Investigations on Bengal jail dietaries - Number 37
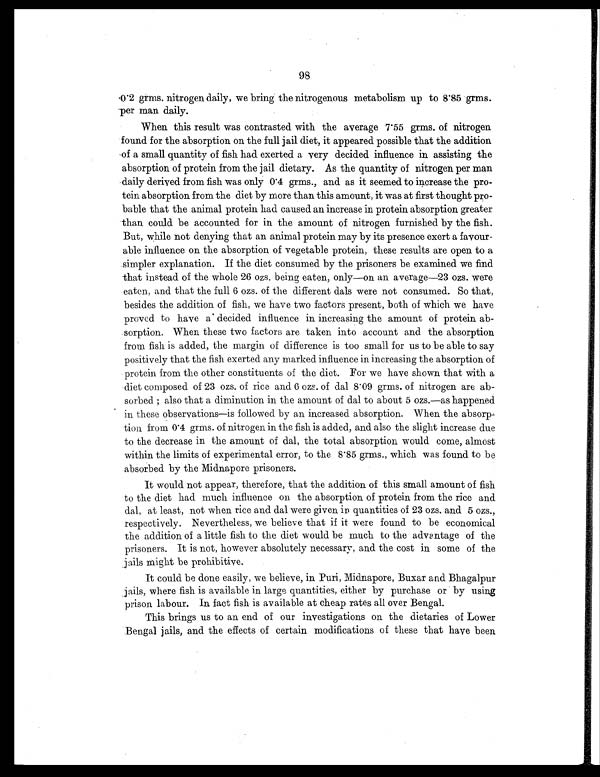
98
0.2 grms. nitrogen daily, we bring the nitrogenous metabolism up to 8.85 grms.
per man daily.
When this result was contrasted with the average 7.55 grms. of nitrogen
found for the absorption on the full jail diet, it appeared possible that the addition
of a small quantity of fish had exerted a very decided influence in assisting the
absorption of protein from the jail dietary. As the quantity of nitrogen per man
daily derived from fish was only 0.4 grms., and as it seemed to increase the pro-
tein absorption from the diet by more than this amount, it was at first thought pro-
bable that the animal protein had caused an increase in protein absorption greater
than could be accounted for in the amount of nitrogen furnished by the fish.
But, while not denying that an animal protein may by its presence exert a favour-
able influence on the absorption of vegetable protein, these results are open to a
simpler explanation. If the diet consumed by the prisoners be examined we find
that instead of the whole 26 ozs. being eaten, only—on an average—23 ozs. were
eaten, and that the full 6 ozs. of the different dals were not consumed. So that,
besides the addition of fish, we have two factors present, both of which we have
proved to have a decided influence in increasing the amount of protein ab-
sorption. When these two factors are taken into account and the absorption
from fish is added, the margin of difference is too small for us to be able to say
positively that the fish exerted any marked influence in increasing the absorption of
protein from the other constituents of the diet. For we have shown that with a
diet composed of 23 ozs. of rice and 6 ozs. of dal 8.09 grms. of nitrogen are ab-
sorbed ; also that a diminution in the amount of dal to about 5 ozs.—as happened
in these observations—is followed by an increased absorption. When the absorp-
tion from 0.4 grins. of nitrogen in the fish is added, and also the slight increase due
to the decrease in the amount of dal, the total absorption would come, almost
within the limits of experimental error, to the 8.85 grms., which was found to be
absorbed by the Midnapore prisoners.
It would not appear, therefore, that the addition of this small amount of fish
to the diet had much influence on the absorption of protein from the rice and
dal, at least, not when rice and dal were given in quantities of 23 ozs. and 5 ozs.,
respectively. Nevertheless, we believe that if it were found to be economical
the addition of a little fish to the diet would be much to the advantage of the
prisoners. It is not, however absolutely necessary, and the cost in some of the
jails might be prohibitive.
It could be done easily, we believe, in Puri, Midnapore, Buxar and Bhagalpur
jails, where fish is available in large quantities, either by purchase or by using
prison labour. In fact fish is available at cheap rates all over Bengal.
This brings us to an end of our investigations on the dietaries of Lower
Bengal jails, and the effects of certain modifications of these that have been